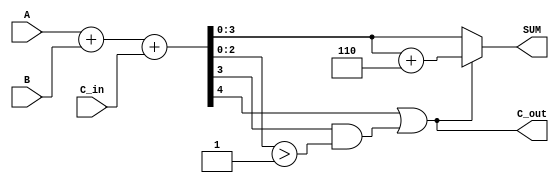
module bcd_adder (
    input  [3:0] A,        // BCD digit A
    input  [3:0] B,        // BCD digit B
    input        C_in,     // Carry input
    output [3:0] SUM,      // BCD sum output
    output       C_out      // Carry output
);

    wire [4:0] R;          // 5-bit result for binary addition
    wire correction;       // Indicates if correction is needed

    // Step 1: Binary addition of A, B, and C_in
    assign R = A + B + C_in;

    // Step 2: Check if correction is needed
    assign correction = R[4] || (R[3] && (R[2:0] > 3'b1001));

    // Step 3: Calculate the BCD sum
    assign SUM = correction ? (R + 5'b00110) : R; // Add 6 if correction is needed

    // Step 4: Determine carry-out
    assign C_out = correction; // C_out is 1 if correction is needed

endmodule